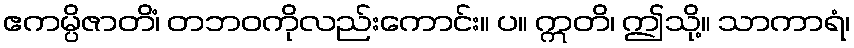
ဧကမ္ပိဇာတိံ၊ တဘဝကိုလည်းကောင်း။ ပ။ ဣတိ၊ ဤသို့။ သာကာရံ၊